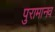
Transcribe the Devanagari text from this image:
पुरामानव